Civil Veterinary Department Bihar & Orissa reports 1922-29 - 1922-1929
Year: 1922
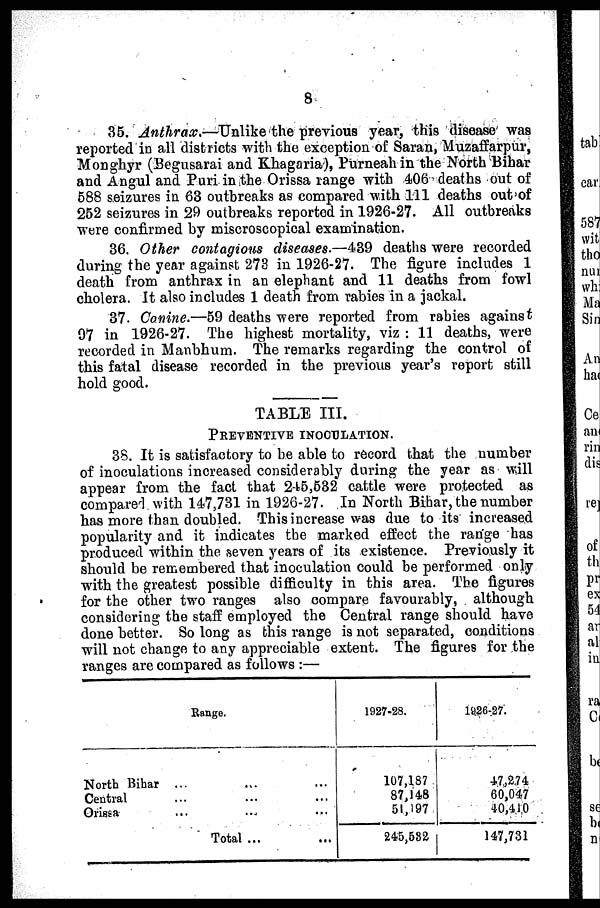
8
35. Anthrax,—Unlike the previous year, this disease was
reported in all districts with the exception of Saran, Muzaffarpur,
Monghyr (Begusarai and Khagaria), Purneah in the North Bihar
and Angul and Puri in the Orissa range with 406 deaths out of
588 seizures in 63 outbreaks as compared with 111 deaths out of
252 seizures in 29 outbreaks reported in 1926-27. All outbreaks
were confirmed by miscroscopical examination.
36. Other contagions diseases.—439 deaths were recorded
during the year against 273 in 1926-27. The figure includes 1
death from anthrax in an elephant and 11 deaths from fowl
cholera. It also includes 1 death from rabies in a jackal.
37. Canine.—59 deaths were reported from rabies against
97 in 1926-27. The highest mortality, viz : 11 deaths, were
recorded in Manbhum. The remarks regarding the control of
this fatal disease recorded in the previous year's report still
hold good.
TABLE III.
PREVENTIVE INOCULATION.
38. It is satisfactory to be able to record that the number
of inoculations increased considerably during the year as will
appear from the fact that 245,532 cattle were protected as
compared with 147,731 in 1926-27. In North Bihar, the number
has more than doubled. This increase was due to its increased
popularity and it indicates the marked effect the range has
produced within the seven years of its existence. Previously it
should be remembered that inoculation could be performed only
with the greatest possible difficulty in this area. The figures
for the other two ranges also compare favourably, although
considering the staff employed the Central range should have
done better. So long as this range is not separated, conditions
will not change to any appreciable extent. The figures for the
ranges are compared as follows :—
North Bihar
Central
Orissa
Range.
.... .... ....
... . .. ...
... ... ...
Total ...
1927-28.
107,187
87,148
51,197
245,582
1926-27.
47,2.74
60,047
40,410
147,731